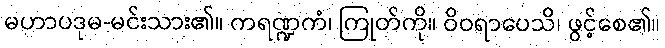
မဟာပဒုမ-မင်းသား၏။ ကရဏ္ဍကံ၊ ကြုတ်ကို။ ဝိဝရာပေသိ၊ ဖွင့်စေ၏။